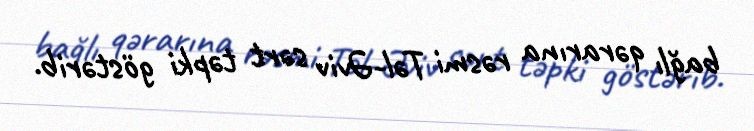
bağlı qərarına rəsmi Təl-Əviv sərt təpki göstərib.